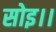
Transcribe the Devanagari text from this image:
सोइ।।